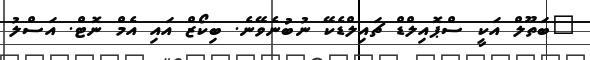
"ބަތޫލް އަކީ ސްޕޮއިލްޑް ޗައިލްޑެކޭ ނުބުނެވޭނެ. ބިކޯޒް އައި އެމް ނޮޓް. އަސްލު